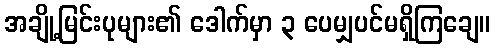
အချို့မြင်းပုများ၏ ဒေါက်မှာ ၃ ပေမျှပင်မရှိကြချေ။